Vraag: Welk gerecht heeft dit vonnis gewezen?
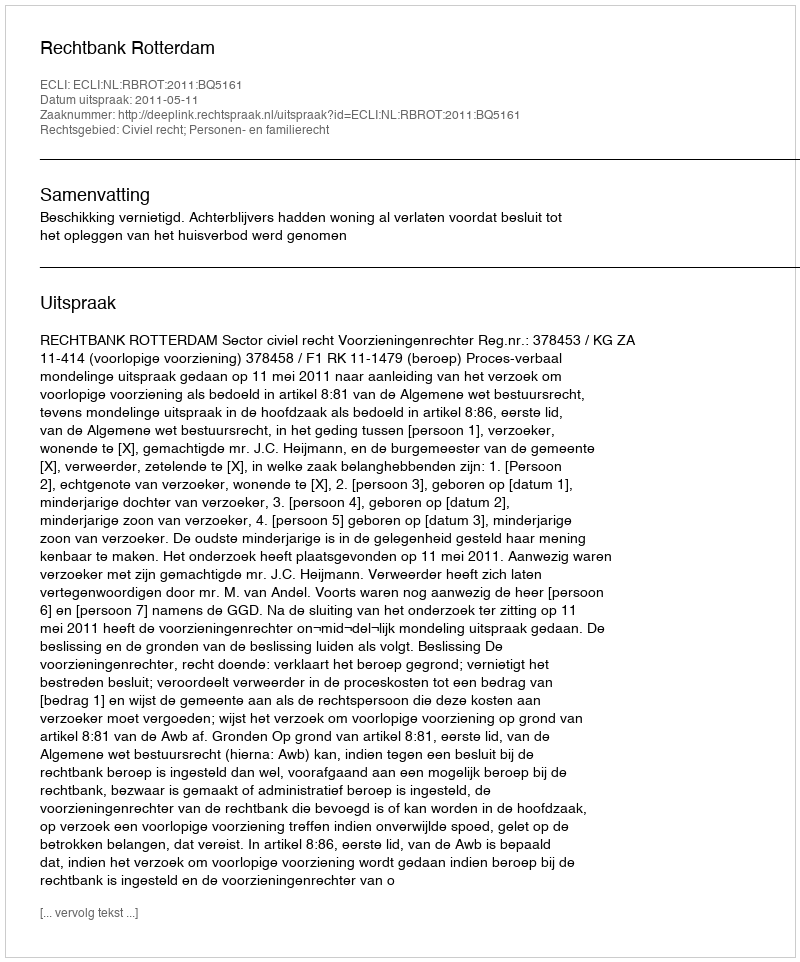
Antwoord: Rechtbank Rotterdam